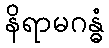
နိရာမဂန္ဓံ